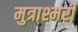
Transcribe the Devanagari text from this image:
मुत्राश्मरी